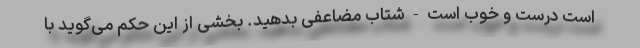
است درست و خوب است - شتاب مضاعفی بدهید. بخشی از این حکم می‌گوید با